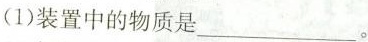
(1)装置中的物质是___。